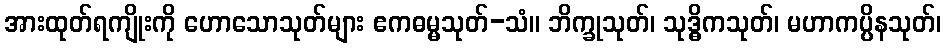
အားထုတ်ရကျိုးကို ဟောသောသုတ်များ ဧကဓမ္မသုတ်-သံ။ ဘိက္ခုသုတ်၊ သုဒ္ဓိကသုတ်၊ မဟာကပ္ပိနသုတ်၊